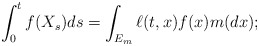
\begin{align*}\int_0^t f(X_s)ds=\int_{E_m}\ell(t,x)f(x)m(dx);\end{align*}